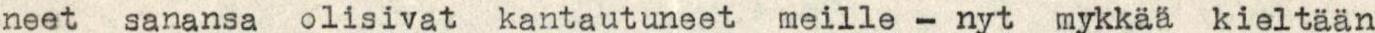
neet sanansa olisivat kantautuneet meille - nyt mykkää kieltään